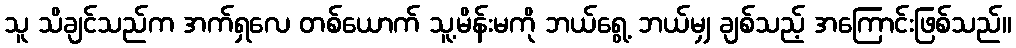
သူ သိချင်သည်က အက်ရှလေ တစ်ယောက် သူ့မိန်းမကို ဘယ်ရွေ့ ဘယ်မျှ ချစ်သည့် အကြောင်းဖြစ်သည်။